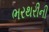
ભરથરીની